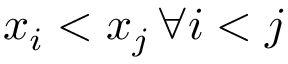
x _ { i } < x _ { j } \, \forall i < j